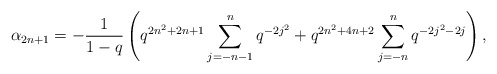
\begin{align*} \alpha_{2n+1} = -\frac{1}{1-q}\left(q^{2n^2+2n+1}\sum_{j=-n-1}^{n}q^{-2j^2} + q^{2n^2+4n+2}\sum_{j=-n}^{n}q^{-2j^2-2j}\right),\end{align*}